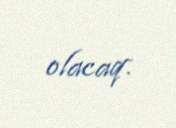
olacaq.